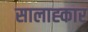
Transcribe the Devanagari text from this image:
सालाह्कार